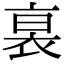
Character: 𧙴